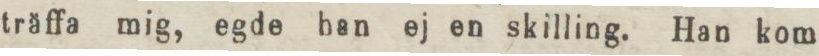
träffa mig, egde han ej en skilling. Han kom